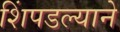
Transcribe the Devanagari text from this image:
शिंपडल्याने